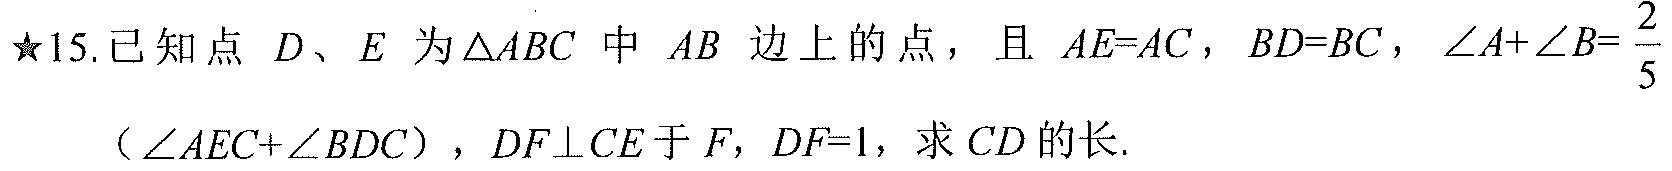
★15. 已知点 \(D\)、\(E\) 为\(\triangle ABC\) 中 \(AB\) 边上的点，且 \(AE = AC\)，\(BD = BC\)，\(\angle A+\angle B=\frac{2}{5}(\angle AEC+\angle BDC)\)，\(DF\perp CE\) 于 \(F\)，\(DF = 1\)，求 \(CD\) 的长.